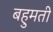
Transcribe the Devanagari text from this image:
बहुमती